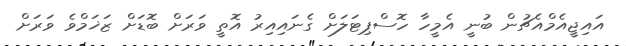
އައިޖީއެމްއެޗުން ބުނީ އެމީހާ ހޮސްޕިޓަލަށް ގެނައިއިރު އޮތީ ވަރަށް ބޮޑަށް ޒަޚަމްވެ ވަރަށް